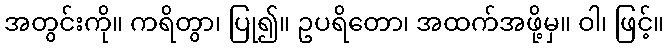
အတွင်းကို။ ကရိတွာ၊ ပြု၍။ ဥပရိတော၊ အထက်အဖို့မှ။ ဝါ၊ ဖြင့်။